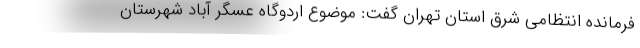
فرمانده انتظامی شرق استان تهران گفت: موضوع اردوگاه عسگر آباد شهرستان